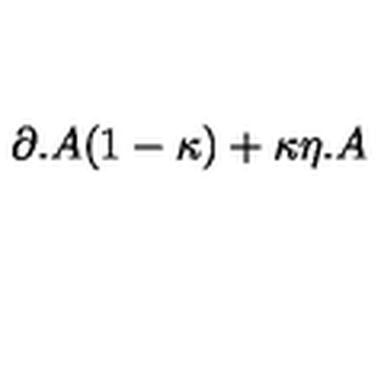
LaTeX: \partial . A ( 1 - \kappa ) + \kappa \eta . A \protect